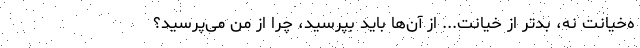
ه‌خیانت نه، بدتر از خیانت... از آن‌ها باید بپرسید، چرا از من می‌پرسید؟